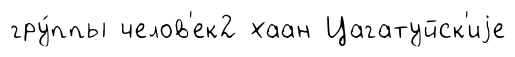
гру́ппы челов'ек2 хаан Цагатуйск'иjе